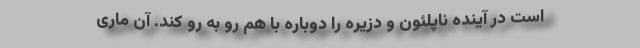
است در آینده ناپلئون و دزیره را دوباره با هم رو به رو کند. آن ماری